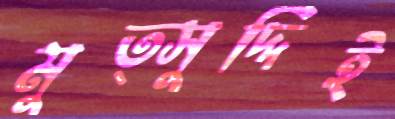
মুত্সুদ্দিই